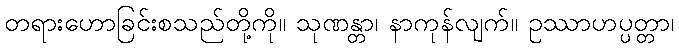
တရားဟောခြင်းစသည်တို့ကို။ သုဏန္တာ၊ နာကုန်လျက်။ ဥဿာဟပ္ပတ္တာ၊